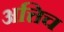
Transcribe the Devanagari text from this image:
अत्तिच